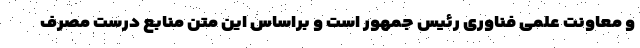
و معاونت علمی فناوری رئیس جمهور است و براساس این متن منابع درست مصرف